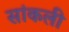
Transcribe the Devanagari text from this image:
सांकली